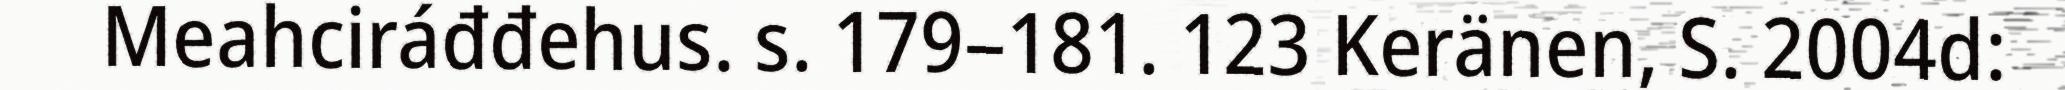
Meahciráđđehus. s. 179–181. 123 Keränen, S. 2004d: